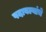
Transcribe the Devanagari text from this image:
पदावल्यांचे